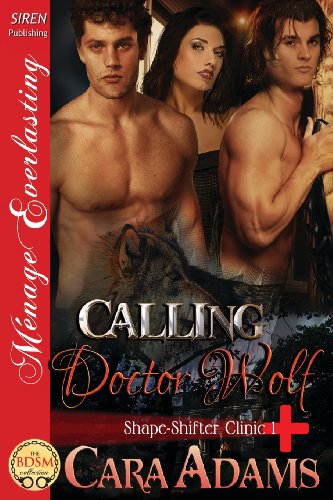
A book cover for Calling Doctor Wolf [Shape-Shifter Clinic 1] (Siren Publishing Menage Everlasting); Cara Adams; Romance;